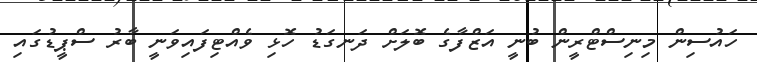
ހައުސިން މިނިސްޓްރީން ބުނީ އަޒްފާގެ ބޮލަށް ދަނގަޑު ހޮޅި ވެއްޓިފައިވަނީ ބާރު ސްޕީޑުގައި